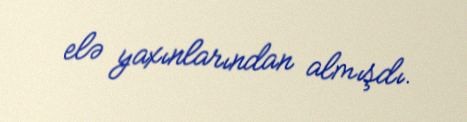
elə yaxınlarından almışdı.